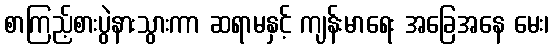
စာကြည့်စားပွဲနားသွားကာ ဆရာမနှင့် ကျန်းမာရေး အခြေအနေ မေး၊